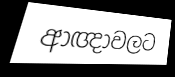
ආඥාවලට